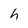
Character: h